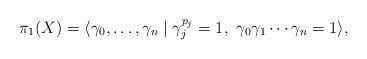
LaTeX: \begin{align*} \pi_1(X) = \langle \gamma_0,\ldots, \gamma_n \mid \gamma_j^{p_j} = 1,~ \gamma_0\gamma_1\cdots\gamma_n = 1 \rangle,\end{align*}